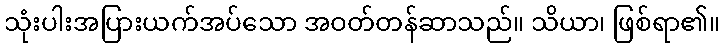
သုံးပါးအပြားယက်အပ်သော အဝတ်တန်ဆာသည်။ သိယာ၊ ဖြစ်ရာ၏။